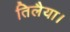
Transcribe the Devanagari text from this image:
तिलैया।